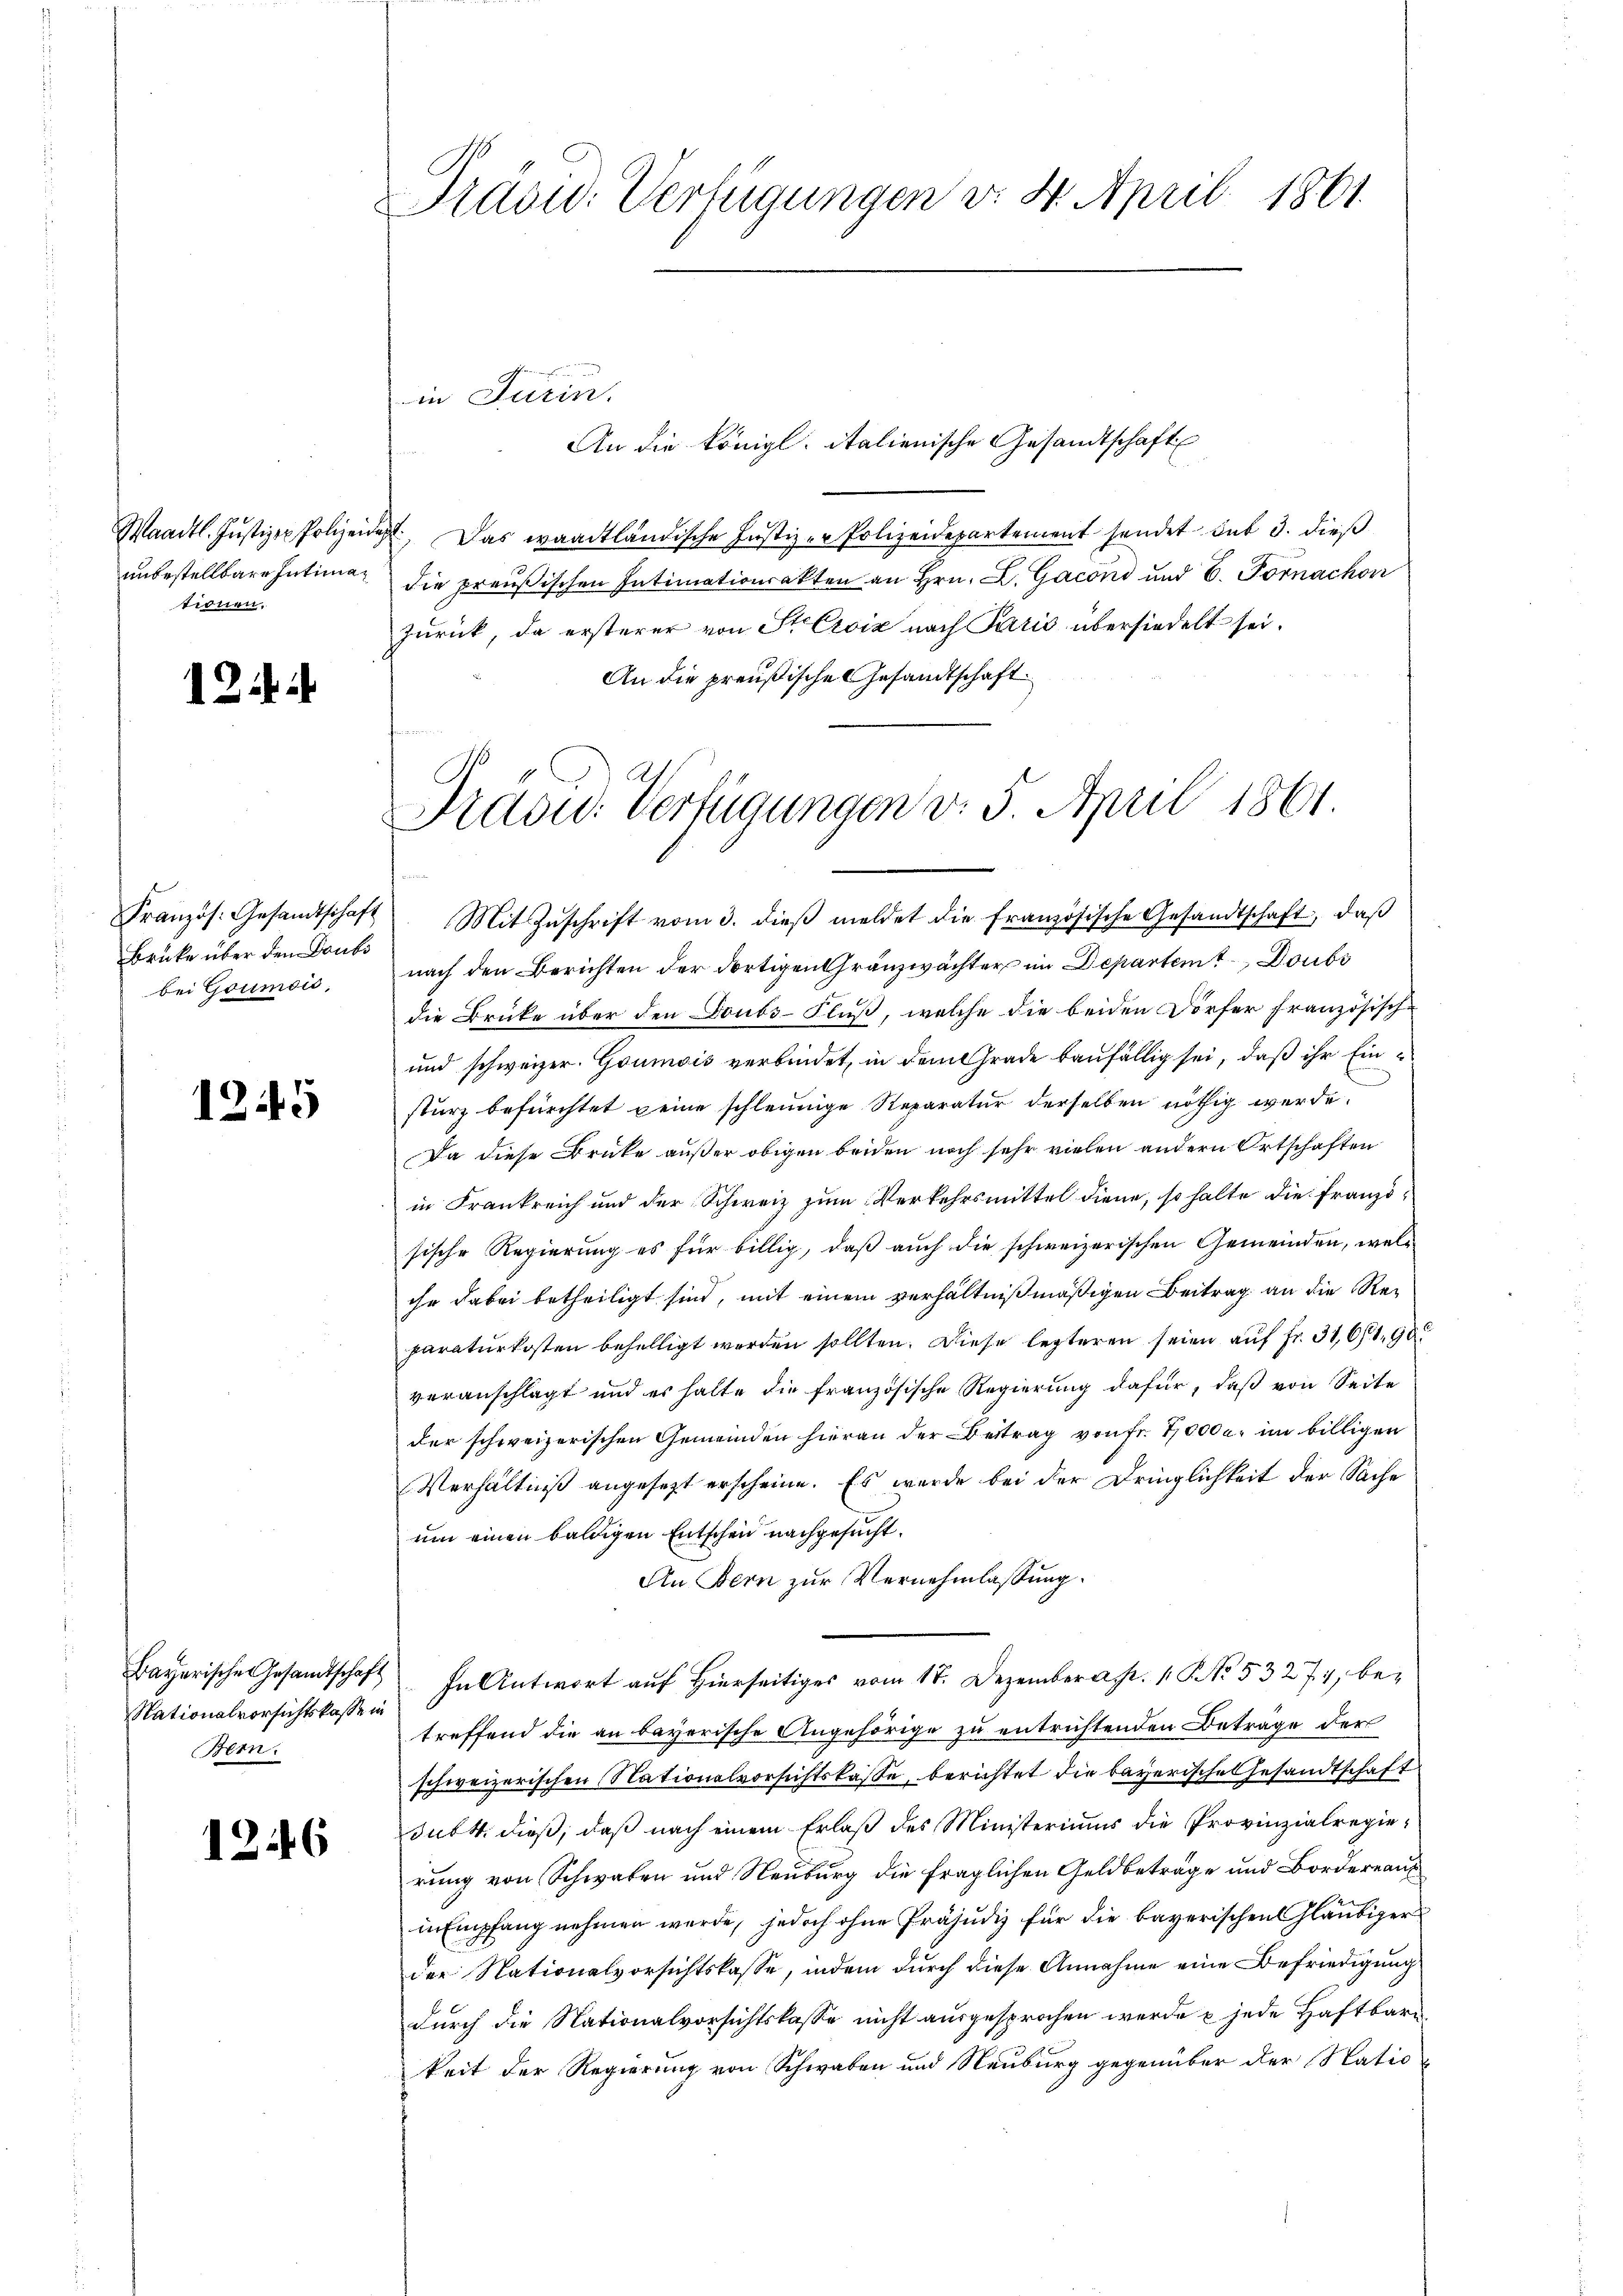
Waadt. Justizen Polizeir
tionen.

12

Brüke über den Doubs
bei Goumois,

1245

Nationalvorsichtskasse in
Bern.

1246

Präsid. Verfügungen v. 4. April 1861.

An die Königl. italienische Gesandtschaft
 Das waadtländische Justizer Polizeidepartement sendet sub 3. dieß
unbestellbare Intima die preußischen Intimationsakten an Hrn. L. Gaconi und 6. Fornachon
zurück, da ersterer von St. Croix nach Paris übersiedelt sei.
An die preußische Gesandtschaft

in Jurin.

Präsid. Verfügungen v. 5. April 1861.
¬
Französ. Gesandtschaft. Mit Zŭschrift vom 3. dieβ meldet die französische Gesandtschaft, daβ

nach den Berichten der dortigen Gränzwächter im Departen Doubs
die Brücke über den Doubs-Fluß, welche die beiden Dörfer französisch¬
und schweizer. Goumois verbindet, in dem Grade baufällig sei, daß ihr Einsturz befürchtet eine schleunige Reparatur derselben nöthig werde.
Da diese Brüke außer obigen beiden noch sehr vielen andern Ortschaften
in Frankreich und der Schweiz zum Verkehrsmittel diene, so halte die Französische Regierung es für billig, daß auch die schweizerischen Gemeinden, welihr dabei betheiligt sind, mit einem verhältnißmäßigen Beitrag an die Reparaturkosten behelligt werden sollten. Diese lezteren seien auf Fr. 316/190
veranschlagt und es halte die französische Regierung dafür, daß von Seite
der schweizerischen Gemeinden hieran der Betrag von fr. 70000. im billigen
Verhältniß angesezt erscheine. Es wurde bei der Dringlichkeit der Sache
um einen baldigen Entscheid nachgesucht.
An Bern zur Vernehmlassung.
Bayerische Gesandtschaft. In Antwort auf hierseitiges vom 17. Dezember a. 1. No. 53274, betreffend die an bayerische Angehörige zu entrichtenden Beträge der
schweizerischen Nationalvorsichtskasse, berichtet die bayerische Gesandtschaft
subt dieß, daß nach einem Erlaß des Ministeriums die Provinzialregierung von Schwaben und Neuburg die fraglichen Geldbeträge und Bordereaux
in Empfang nehmen werde, jedoch ohne Präjudiz für die bayerischen Gläubiger
der Nationalvorsichtskasse, indem durch diese Annahme eine Befriedigung
durch die Nationalvorsichtskasse nicht ausgesprochen werde u jede Haftbar
keit der Regierung von Schwaben und Neuburg gegenüber der Natio